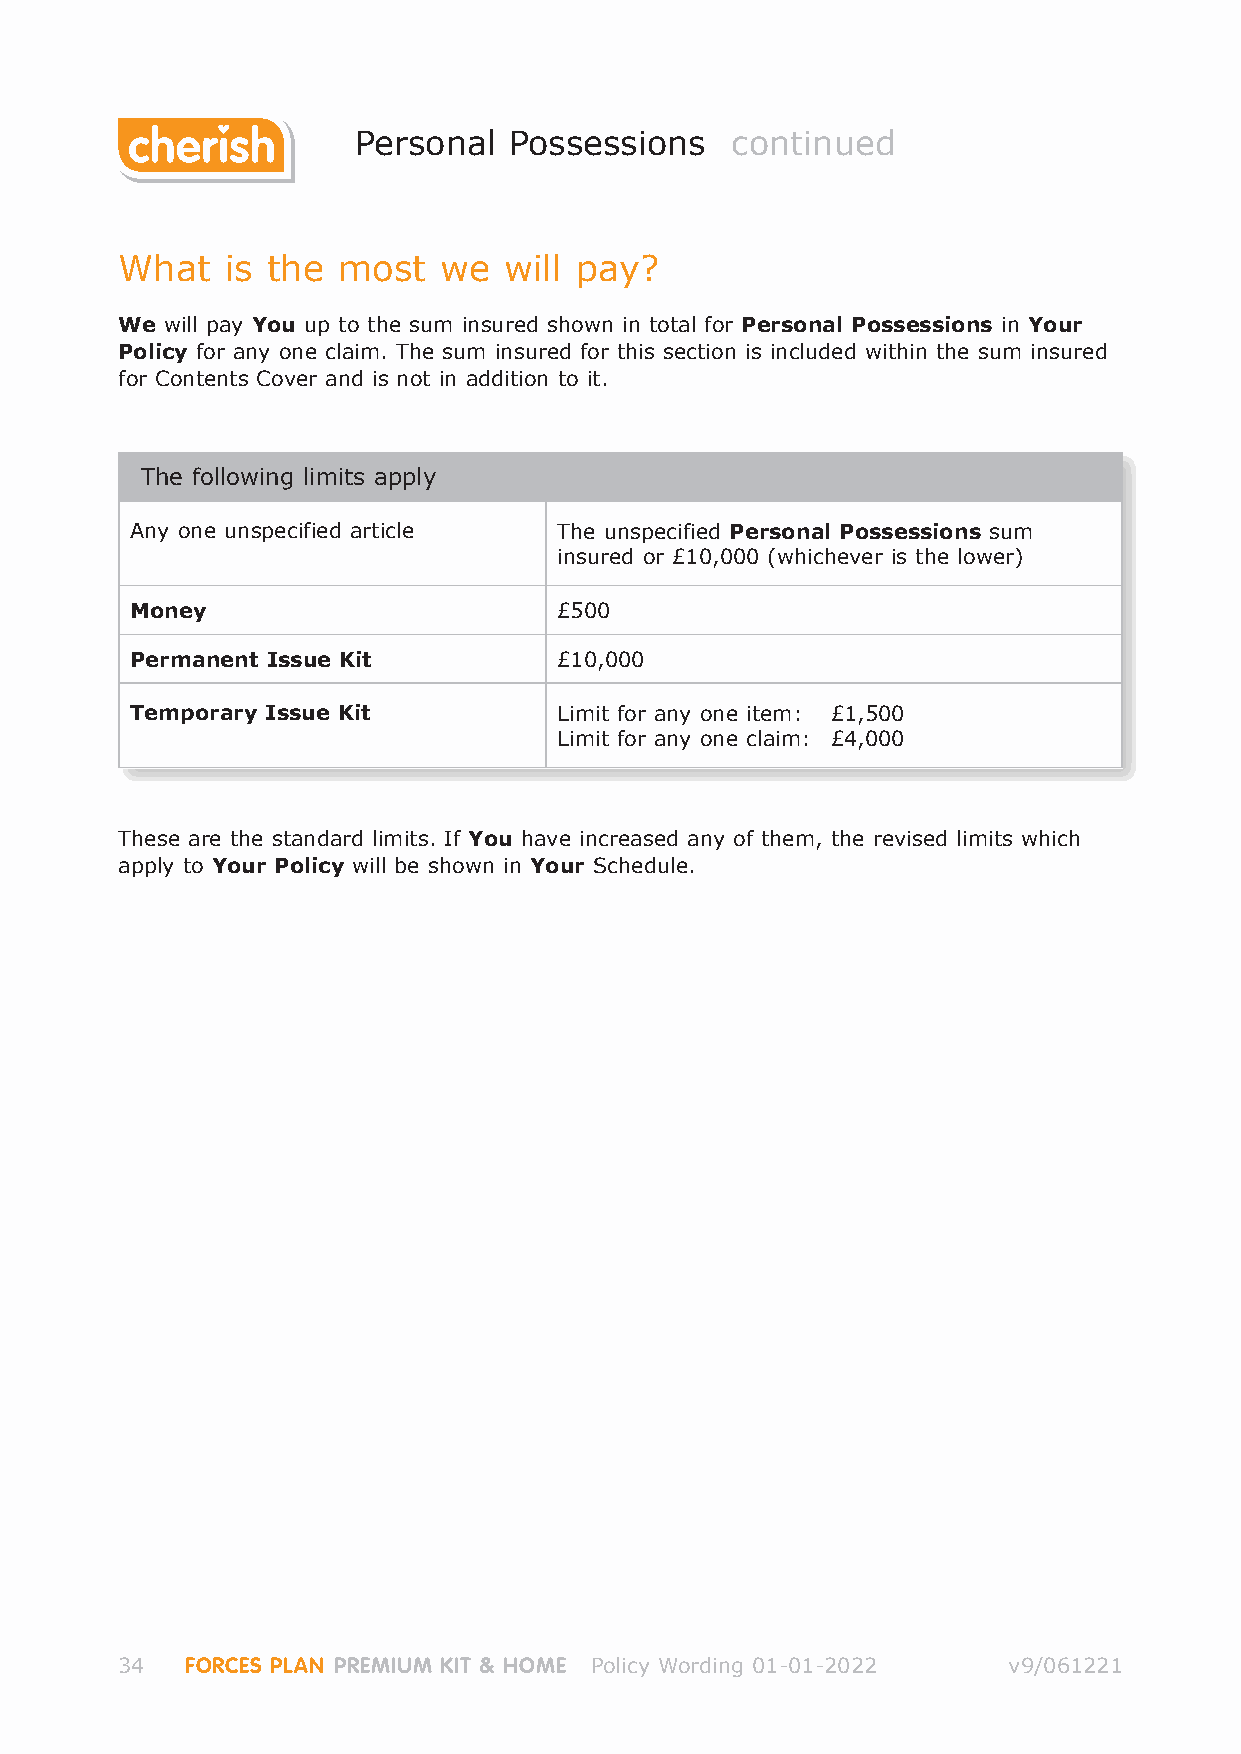
Personal   Possessions   continued
 What   is the most   we  will pay?
 We will pay You up to the sum insured shown in total for Personal Possessions in Your
 Policy for any one claim. The sum insured for this section is included within the sum insured
 for Contents Cover and is not in addition to it.
 The following limits apply
 Any one unspecified article The unspecified Personal Possessions sum
 insured or £10,000 (whichever is the lower)
 Money                       £500
 Permanent Issue Kit         £10,000
 Temporary Issue Kit         Limit for any one item: £1,500
 Limit for any one claim: £4,000
 These are the standard limits. If You have increased any of them, the revised limits which
 apply to Your Policy will be shown in Your Schedule.
 34  FORCES PLAN PREMIUM KIT & HOME Policy Wording 01-01-2022 v9/061221